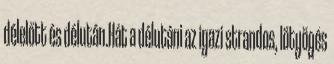
délelőtt és délután.Hát a délutáni az igazi strandos, lötyögés